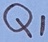
Text: Q1